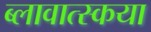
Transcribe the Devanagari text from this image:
ब्लावात्स्कया